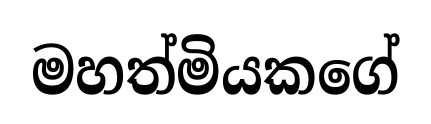
මහත්මියකගේ